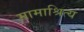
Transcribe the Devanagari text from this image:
मामाश्रित्य